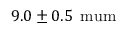
9 . 0 \pm 0 . 5 \, \mathrm { { \ m u m } }